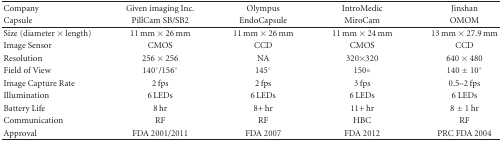
<table><thead><tr><td><b>Company</b></td><td><b>Given imaging Inc.</b></td><td><b>Olympus</b></td><td><b>IntroMedic</b></td><td><b>Jinshan</b></td></tr><tr><td><b>Capsule</b></td><td><b>PillCam SB/SB2</b></td><td><b>EndoCapsule</b></td><td><b>MiroCam</b></td><td><b>OMOM</b></td></tr></thead><tbody><tr><td>Size (diameter × length)</td><td>11 mm × 26 mm</td><td>11 mm × 26 mm</td><td>11 mm × 24 mm</td><td>13 mm × 27.9 mm</td></tr><tr><td>Image Sensor</td><td>CMOS</td><td>CCD</td><td>CMOS</td><td>CCD</td></tr><tr><td>Resolution</td><td>256 × 256</td><td>NA</td><td>320×320</td><td>640 × 480</td></tr><tr><td>Field of View</td><td>140°/156°</td><td>145°</td><td>150 ̊</td><td>140 ± 10°</td></tr><tr><td>Image Capture Rate</td><td>2 fps</td><td>2 fps</td><td>3 fps</td><td>0.5–2 fps</td></tr><tr><td>Illumination</td><td>6 LEDs</td><td>6 LEDs</td><td>6 LEDs</td><td>6 LEDs</td></tr><tr><td>Battery Life</td><td>8 hr</td><td>8+ hr</td><td>11+ hr</td><td>8 ± 1 hr</td></tr><tr><td>Communication</td><td>RF</td><td>RF</td><td>HBC</td><td>RF</td></tr><tr><td>Approval</td><td>FDA 2001/2011</td><td>FDA 2007</td><td>FDA 2012</td><td>PRC FDA 2004</td></tr></tbody></table>